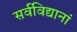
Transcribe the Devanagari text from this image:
सर्वविद्यानां